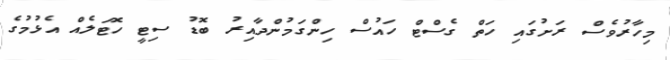
މިހާރުވެސް ރަށުގައި ހަތް ގެސްޓް ހައުސް ހިންގަމުންދާއިރު ބޮޑު ސިޓީ ހޮޓަލެއް އެޅުމުގެ